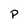
Character: P